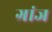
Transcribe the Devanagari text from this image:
ग्रांज